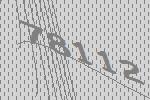
78112